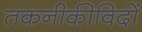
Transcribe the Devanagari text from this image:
तकनीकीविदों